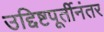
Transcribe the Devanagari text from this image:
उद्दिष्टपूर्तीनंतर